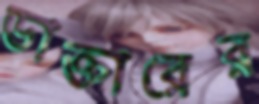
ডাক্তারের